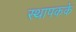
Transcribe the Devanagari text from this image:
स्थापकके